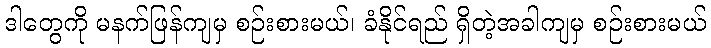
ဒါတွေကို မနက်ဖြန်ကျမှ စဉ်းစားမယ်၊ ခံနိုင်ရည် ရှိတဲ့အခါကျမှ စဉ်းစားမယ်